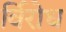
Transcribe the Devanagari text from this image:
र्विरोध